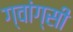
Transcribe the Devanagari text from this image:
ग्वांग्सी